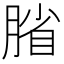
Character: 𫆦